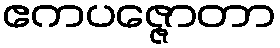
ဧကပဇ္ဇောတာ